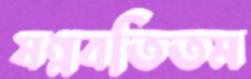
ষণ্ণবতিতম